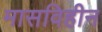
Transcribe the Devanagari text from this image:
मासविहीन